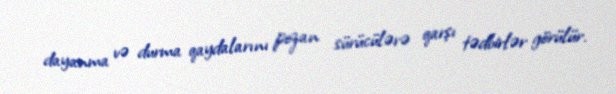
dayanma və durma qaydalarını pozan sürücülərə qarşı tədbirlər görülür.